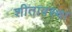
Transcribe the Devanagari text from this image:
शीतावस्था